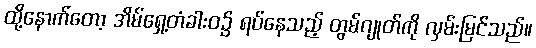
ထို့နောက်တော့ အိမ်ရှေ့တံခါးဝ၌ ရပ်နေသည့် တွမ်ဂျုတ်ကို လှမ်းမြင်သည်။